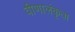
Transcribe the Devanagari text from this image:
वीणालंकृता